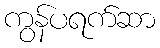
ကွန်ပရက်ဆာ